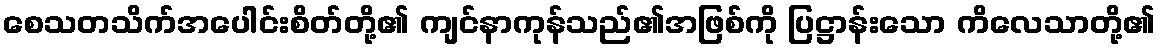
စေသတသိက်အပေါင်းစိတ်တို့၏ ကျင်နာကုန်သည်၏အဖြစ်ကို ပြဋ္ဌာန်းသော ကိလေသာတို့၏